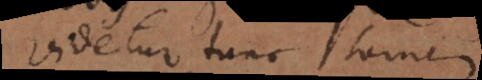
Videtur tunc tamen